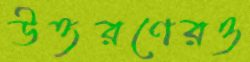
উত্তরণেরও